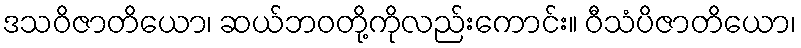
ဒသဝိဇာတိယော၊ ဆယ်ဘဝတို့ကိုလည်းကောင်း။ ဝီသံပိဇာတိယော၊